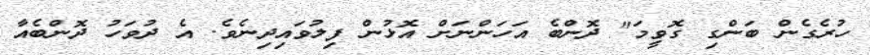
ހުރެގެން ބަންގި ގޮވީމަ" ދޮންބެ އަހަންނަށް އޮޅުން ފިލުވައިދިނެވެ. އެ ދުވަހު ދޮންބެއާ